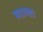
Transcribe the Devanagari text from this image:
बड़ाना।